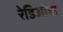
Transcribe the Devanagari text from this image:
रेडिओचा